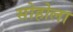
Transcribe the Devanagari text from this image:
सोहोला